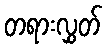
တရားလွှတ်